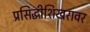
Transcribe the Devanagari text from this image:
प्रसिद्धीशिखरावर